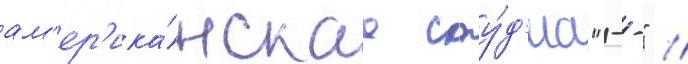
ам'ер'ика́нскаа сту́д'иа "--" //